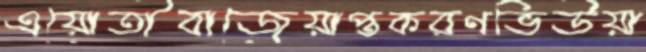
এয়োতীবাজেয়াপ্তকরণভিউয়া